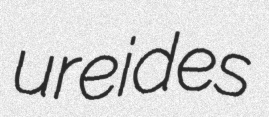
ureides